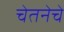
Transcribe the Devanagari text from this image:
चेतनेचे